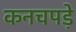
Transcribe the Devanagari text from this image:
कनचपडे़